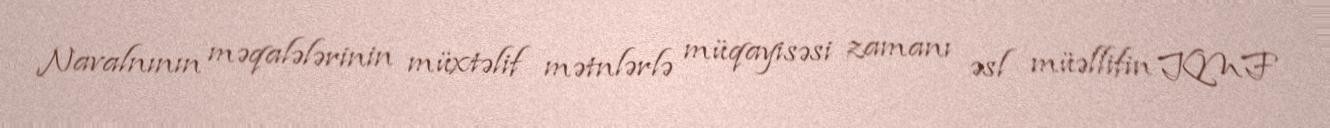
Navalnının məqalələrinin müxtəlif mətnlərlə müqayisəsi zamanı əsl müəllifin KMF